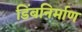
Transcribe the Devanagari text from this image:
डिंबनिर्माण